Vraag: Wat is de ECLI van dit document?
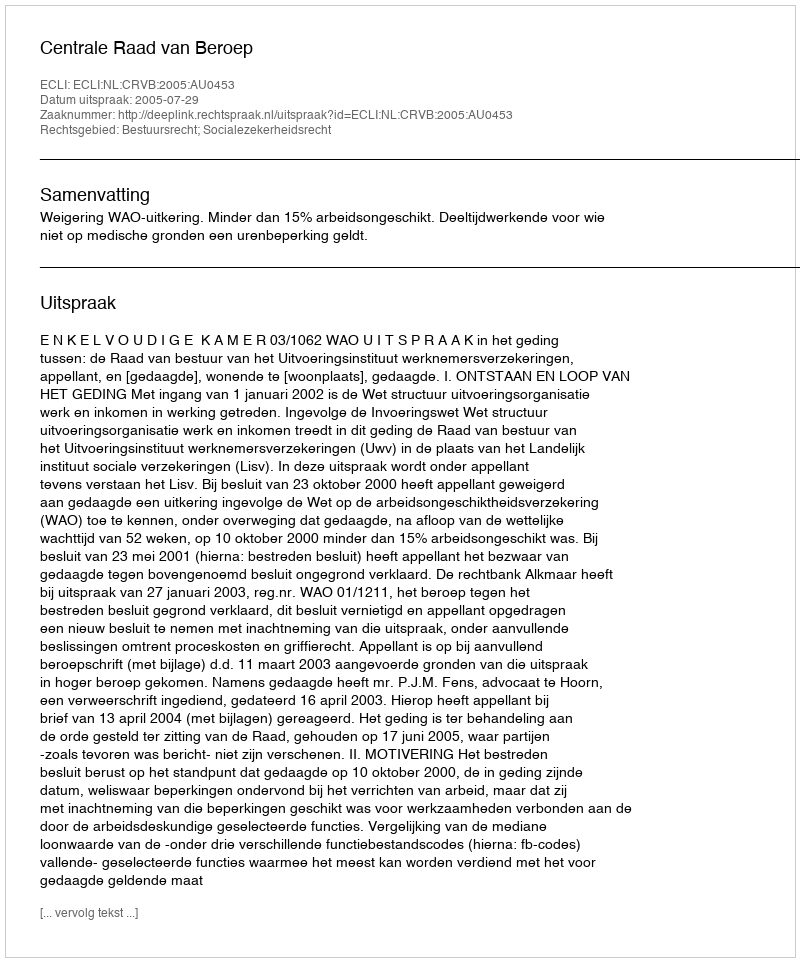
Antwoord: ECLI:NL:CRVB:2005:AU0453